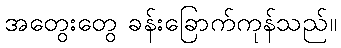
အတွေးတွေ ခန်းခြောက်ကုန်သည်။